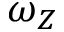
\omega _ { Z }